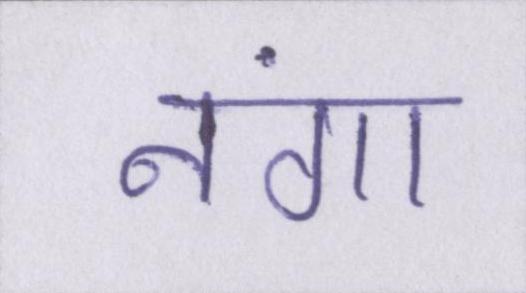
नंगा